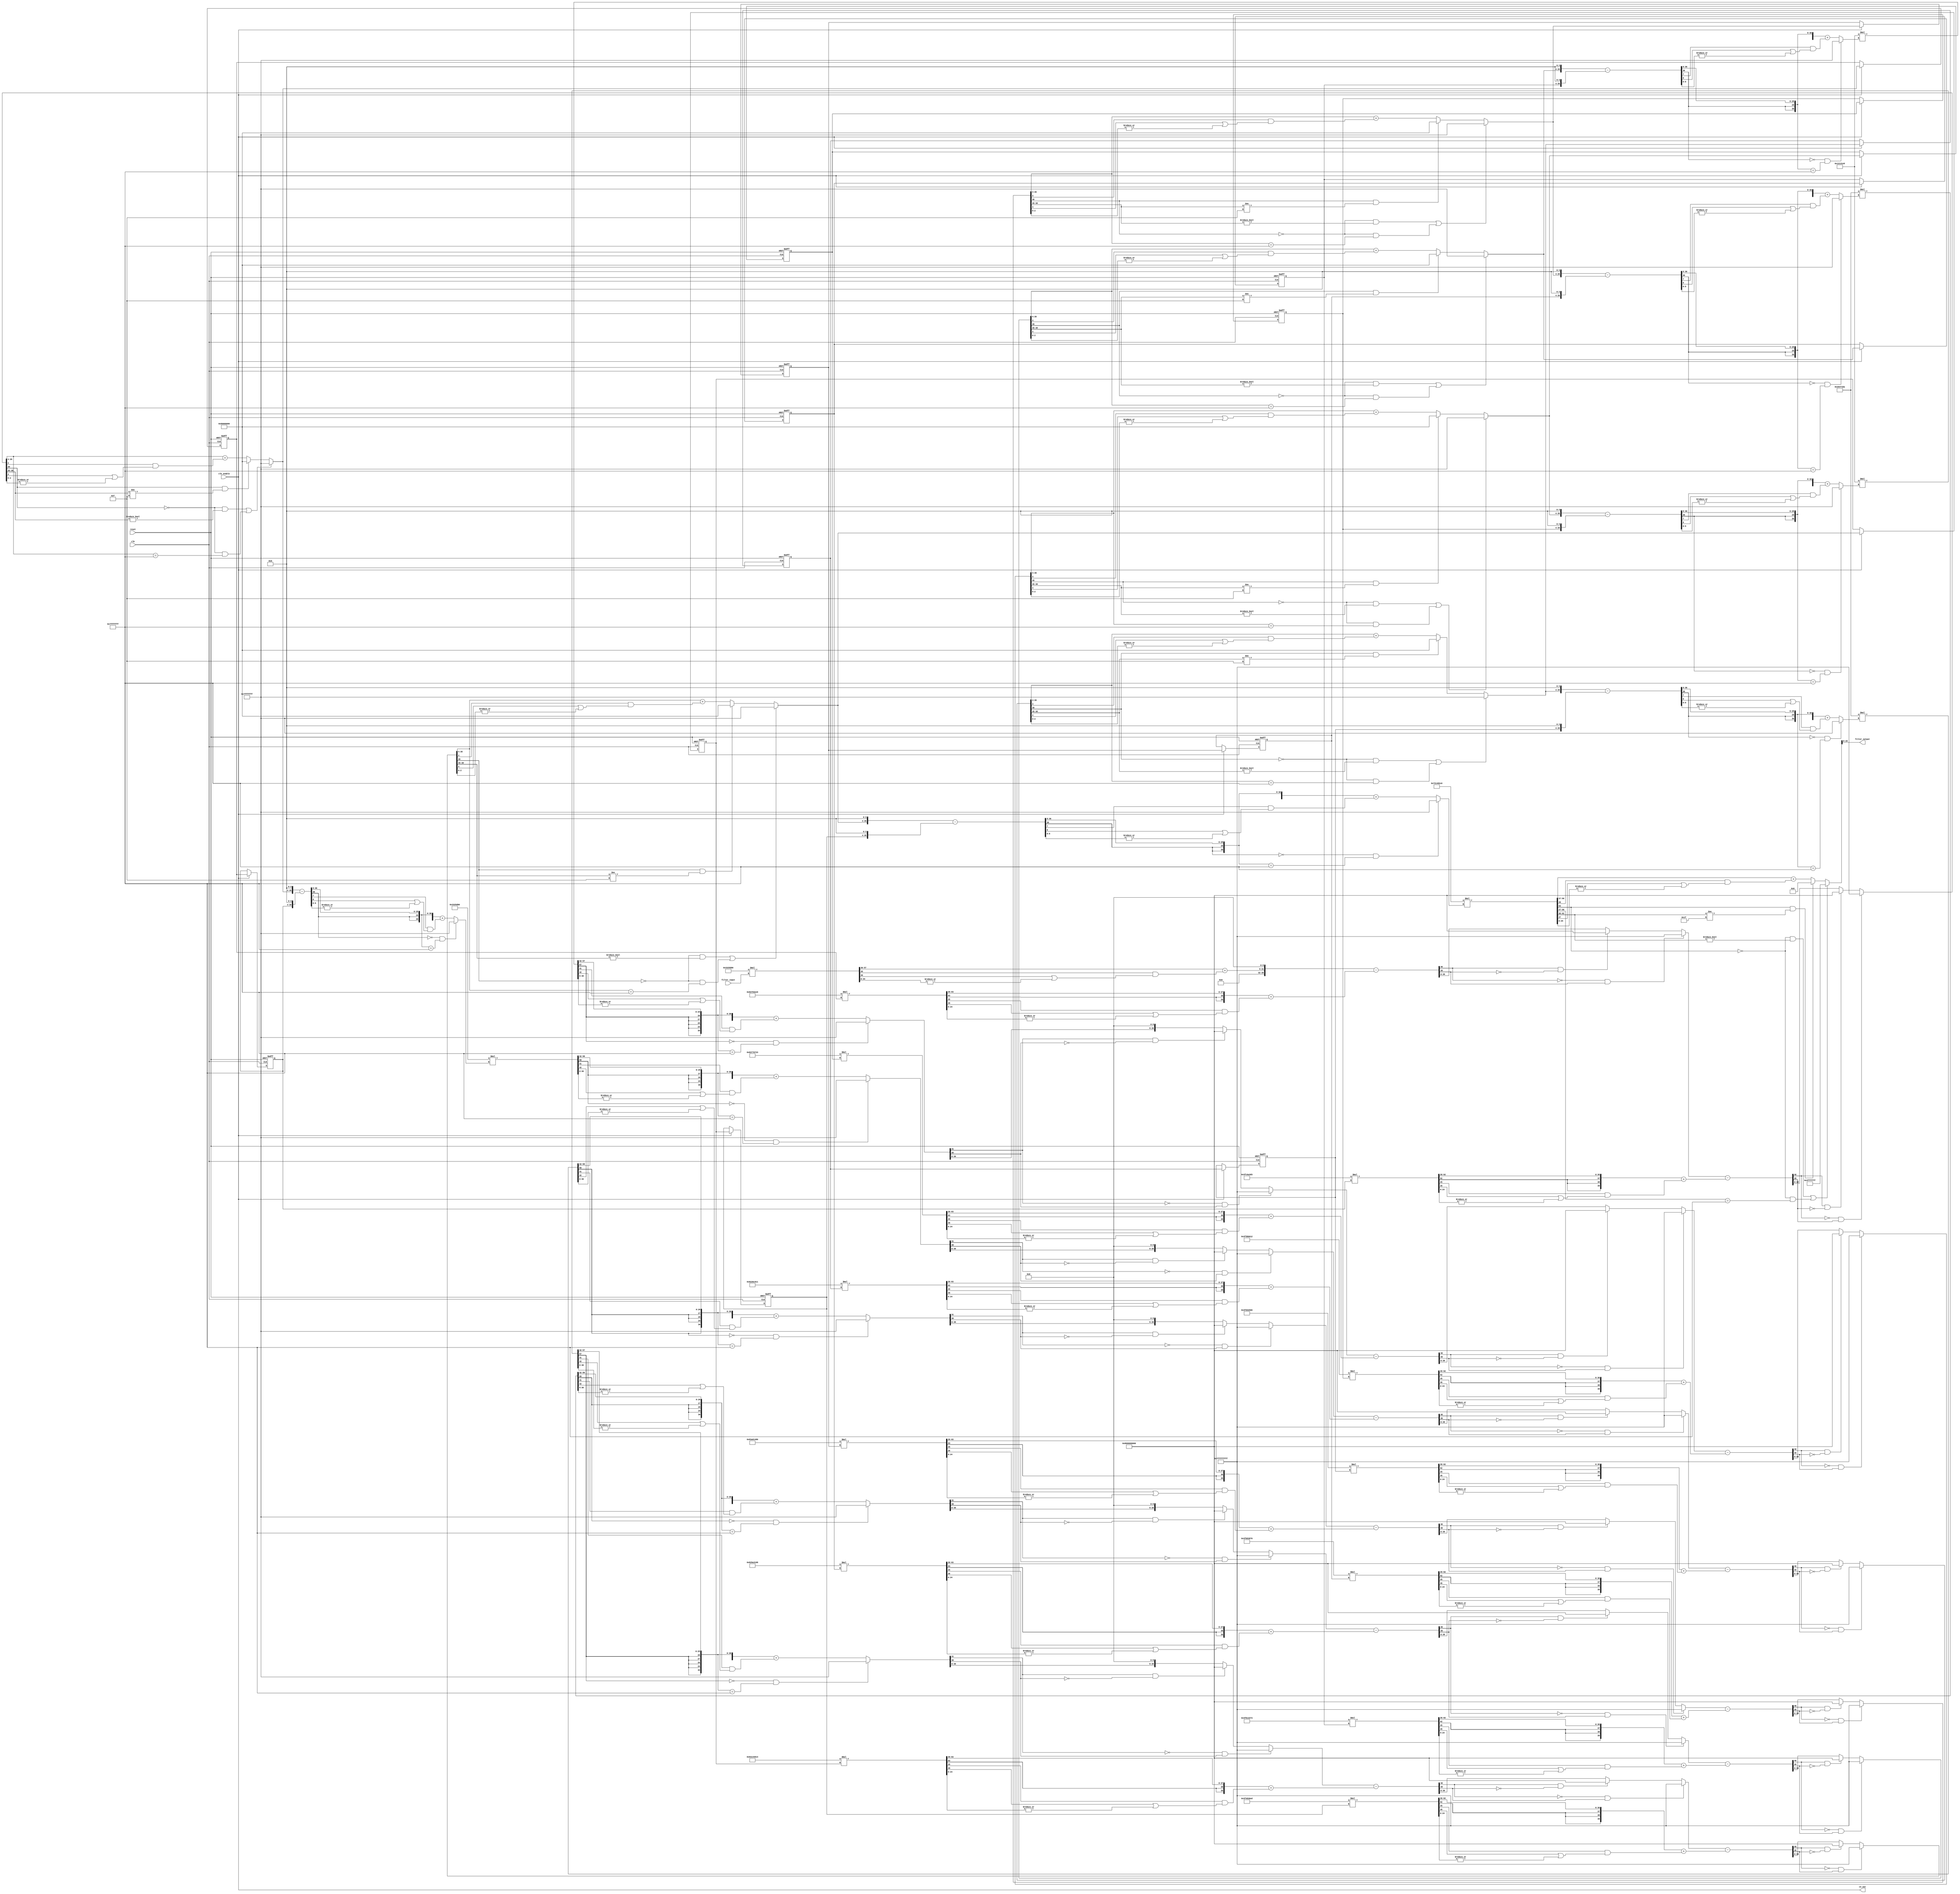
// -------------------------------------------------------------
// 8 KHz Bandpass Filter
// -------------------------------------------------------------

`timescale 1 us / 1 us

module Bandpass_Filter_8KHz
       (
		     clk,
           reset,
           clk_enable,
           filter_input,
           ce_out,
           filter_output
		 );

  // Define Input and Output Variables
  input   clk;
  input   reset;
  input   clk_enable;
  input   [31:0] filter_input; 
  output  ce_out;
  output  signed [21:0] filter_output;   


  // Define All Internal Module Variables
  
  wire enb;
  
  // Gain 1 Temporary Variable
  wire signed [63:0] gain_1_stage_1_temp; 
  wire signed [63:0] gain_1_stage_2_temp;   
  wire signed [63:0] gain_1_stage_3_temp;   
  wire signed [63:0] gain_1_stage_4_temp;   
  wire signed [63:0] gain_1_stage_5_temp;   
  wire signed [63:0] gain_1_stage_6_temp;   
  wire signed [63:0] gain_1_final_output_temp;   
  
  // Gain 1 Output - Output from the multiplication of the stage input and the first gain constant
  wire signed [31:0] gain_1_stage_1;   
  wire signed [31:0] gain_1_stage_2;   
  wire signed [31:0] gain_1_stage_3;   
  wire signed [31:0] gain_1_stage_4;   
  wire signed [31:0] gain_1_stage_5;   
  wire signed [31:0] gain_1_stage_6;   
  wire signed [31:0] gain_1_final_output; 
  wire signed [21:0] gain_1_final_output_22_bit;
    
  
  // Delay Variables - Outputs from the 2 clock cycle delay line
  reg  signed [31:0] delay_1_stage_1;   
  reg  signed [31:0] delay_2_stage_1;  
  reg  signed [31:0] delay_1_stage_2;   
  reg  signed [31:0] delay_2_stage_2;  
  reg  signed [31:0] delay_1_stage_3;   
  reg  signed [31:0] delay_2_stage_3; 
  reg  signed [31:0] delay_1_stage_4;   
  reg  signed [31:0] delay_2_stage_4; 
  reg  signed [31:0] delay_1_stage_5;   
  reg  signed [31:0] delay_2_stage_5; 
  reg  signed [31:0] delay_1_stage_6;   
  reg  signed [31:0] delay_2_stage_6; 
  
  // Gain Output 2 - Output from the multiplication of the first delay output and the second gain constant
  wire signed [63:0] gain_2_stage_1;   
  wire signed [63:0] gain_2_stage_2;   
  wire signed [63:0] gain_2_stage_3;   
  wire signed [63:0] gain_2_stage_4;   
  wire signed [63:0] gain_2_stage_5;   
  wire signed [63:0] gain_2_stage_6;   
  
  // Gain Output 3 - Output from the multiplication of the second delay output and the third gain constant
  wire signed [63:0] gain_3_stage_1;   
  wire signed [63:0] gain_3_stage_2;   
  wire signed [63:0] gain_3_stage_3;   
  wire signed [63:0] gain_3_stage_4;   
  wire signed [63:0] gain_3_stage_5;   
  wire signed [63:0] gain_3_stage_6;   

  
  // First Subtraction Operation Casting Operation
  wire signed [39:0] subtraction_1_cast_1_stage_1;   
  wire signed [40:0] subtraction_1_cast_2_stage_1;   
  wire signed [39:0] subtraction_1_cast_3_stage_1;   
  wire signed [40:0] subtraction_1_cast_4_stage_1;   
  
  wire signed [39:0] subtraction_1_cast_1_stage_2;   
  wire signed [40:0] subtraction_1_cast_2_stage_2;   
  wire signed [39:0] subtraction_1_cast_3_stage_2;   
  wire signed [40:0] subtraction_1_cast_4_stage_2;   
  
  wire signed [39:0] subtraction_1_cast_1_stage_3;   
  wire signed [40:0] subtraction_1_cast_2_stage_3;   
  wire signed [39:0] subtraction_1_cast_3_stage_3;   
  wire signed [40:0] subtraction_1_cast_4_stage_3;   
  
  wire signed [39:0] subtraction_1_cast_1_stage_4;   
  wire signed [40:0] subtraction_1_cast_2_stage_4;   
  wire signed [39:0] subtraction_1_cast_3_stage_4;   
  wire signed [40:0] subtraction_1_cast_4_stage_4;   
  
  wire signed [39:0] subtraction_1_cast_1_stage_5;   
  wire signed [40:0] subtraction_1_cast_2_stage_5;   
  wire signed [39:0] subtraction_1_cast_3_stage_5;   
  wire signed [40:0] subtraction_1_cast_4_stage_5;   
  
  wire signed [39:0] subtraction_1_cast_1_stage_6;   
  wire signed [40:0] subtraction_1_cast_2_stage_6;   
  wire signed [39:0] subtraction_1_cast_3_stage_6;   
  wire signed [40:0] subtraction_1_cast_4_stage_6;   
  
  // First Subtraction Operation Temporary Vairable
  wire signed [40:0] subtraction_1_temp_stage_1;   
  wire signed [40:0] subtraction_1_temp_stage_2;   
  wire signed [40:0] subtraction_1_temp_stage_3;   
  wire signed [40:0] subtraction_1_temp_stage_4;   
  wire signed [40:0] subtraction_1_temp_stage_5;   
  wire signed [40:0] subtraction_1_temp_stage_6;   

  // First Subtraction Operation Final Output Variable
  wire signed [39:0] subtraction_1_out_stage_1;   
  wire signed [39:0] subtraction_1_out_stage_2;   
  wire signed [39:0] subtraction_1_out_stage_3;   
  wire signed [39:0] subtraction_1_out_stage_4;   
  wire signed [39:0] subtraction_1_out_stage_5;   
  wire signed [39:0] subtraction_1_out_stage_6;   


  // Input vairable to the delay line and the third subtraction operation
  wire signed [31:0] delay_input_stage_1; 
  wire signed [31:0] delay_input_stage_2;  
  wire signed [31:0] delay_input_stage_3;   
  wire signed [31:0] delay_input_stage_4;   
  wire signed [31:0] delay_input_stage_5;   
  wire signed [31:0] delay_input_stage_6; 

  // Input to the stages
  wire signed [31:0] input_stage_2;   
  wire signed [31:0] input_stage_3;   
  wire signed [31:0] input_stage_4;   
  wire signed [31:0] input_stage_5;   
  wire signed [31:0] input_stage_6;  
  // Output to the final stage 
  wire signed [31:0] stage_6_output;     
  
  // Second Subtraction Operation Casting Operation
  wire signed [40:0] subtraction_2_cast_1_stage_1;   
  wire signed [39:0] subtraction_2_cast_2_stage_1;   
  wire signed [40:0] subtraction_2_cast_3_stage_1;   
  
  wire signed [40:0] subtraction_2_cast_1_stage_2;   
  wire signed [39:0] subtraction_2_cast_2_stage_2;   
  wire signed [40:0] subtraction_2_cast_3_stage_2;   
  
  wire signed [40:0] subtraction_2_cast_1_stage_3;   
  wire signed [39:0] subtraction_2_cast_2_stage_3;   
  wire signed [40:0] subtraction_2_cast_3_stage_3;   
  
  wire signed [40:0] subtraction_2_cast_1_stage_4;   
  wire signed [39:0] subtraction_2_cast_2_stage_4;   
  wire signed [40:0] subtraction_2_cast_3_stage_4;   
  
  wire signed [40:0] subtraction_2_cast_1_stage_5;   
  wire signed [39:0] subtraction_2_cast_2_stage_5;   
  wire signed [40:0] subtraction_2_cast_3_stage_5;   
  
  wire signed [40:0] subtraction_2_cast_1_stage_6;   
  wire signed [39:0] subtraction_2_cast_2_stage_6;   
  wire signed [40:0] subtraction_2_cast_3_stage_6;   
  
  // Second Subtraction Operation Temporary Variable
  wire signed [40:0] subtraction_2_temp_stage_1;   
  wire signed [40:0] subtraction_2_temp_stage_2;   
  wire signed [40:0] subtraction_2_temp_stage_3;   
  wire signed [40:0] subtraction_2_temp_stage_4;   
  wire signed [40:0] subtraction_2_temp_stage_5;   
  wire signed [40:0] subtraction_2_temp_stage_6;   

  // Second Subtraction Operation Final Output Variable
  wire signed [39:0] subtraction_2_out_stage_1;   
  wire signed [39:0] subtraction_2_out_stage_2;   
  wire signed [39:0] subtraction_2_out_stage_3;   
  wire signed [39:0] subtraction_2_out_stage_4;   
  wire signed [39:0] subtraction_2_out_stage_5;   
  wire signed [39:0] subtraction_2_out_stage_6;   
  
  // Third Subtraction Operation Casting Operation
  wire signed [39:0] subtraction_3_cast_1_stage_1;   
  wire signed [39:0] subtraction_3_cast_2_stage_1;   
  
  wire signed [39:0] subtraction_3_cast_1_stage_2;   
  wire signed [39:0] subtraction_3_cast_2_stage_2;   
  
  wire signed [39:0] subtraction_3_cast_1_stage_3;   
  wire signed [39:0] subtraction_3_cast_2_stage_3;   
  
  wire signed [39:0] subtraction_3_cast_1_stage_4;   
  wire signed [39:0] subtraction_3_cast_2_stage_4;   
  
  wire signed [39:0] subtraction_3_cast_1_stage_5;   
  wire signed [39:0] subtraction_3_cast_2_stage_5;   
  
  wire signed [39:0] subtraction_3_cast_1_stage_6;   
  wire signed [39:0] subtraction_3_cast_2_stage_6;   
  
  // Third Subtraction Operation Final Output Variable
  wire signed [39:0] subtraction_3_out_stage_1;   
  wire signed [39:0] subtraction_3_out_stage_2;   
  wire signed [39:0] subtraction_3_out_stage_3;   
  wire signed [39:0] subtraction_3_out_stage_4;   
  wire signed [39:0] subtraction_3_out_stage_5;   
  wire signed [39:0] subtraction_3_out_stage_6;   

    

  // Main Module Code - Bandpass Filter For 8KHz Frequency Channel
  
  // First Stage First Gain Multiplication
  assign  gain_1_stage_1_temp = 32'sb00000011001100100101110100000000 * filter_input;
  assign  gain_1_stage_1 = ({{4{ gain_1_stage_1_temp[63]}},  gain_1_stage_1_temp[63:36]}) + $signed({1'b0,  gain_1_stage_1_temp[35] & 
                           ( gain_1_stage_1_temp[36] | (| gain_1_stage_1_temp[34:0]))});



  assign enb = clk_enable;
  
  // Second Half Of The Delay Line - Delay of 1 clock cycle
  always @(posedge clk or posedge reset)
    begin : Second_Half_Of_The_Delay_Line_Stage_1
      if (reset == 1'b1) begin
        delay_2_stage_1 <= 32'sb00000000000000000000000000000000;
      end
      else begin
        if (enb) begin
          delay_2_stage_1 <= delay_1_stage_1; //
        end
      end
    end


  // First Stage Third Gain Multiplication
  assign gain_3_stage_1 = 32'sb00111111110001101010001111010011 * delay_2_stage_1;


  // First Half Of The Delay Line - Delay of 1 clock cycle
  always @(posedge clk or posedge reset)
    begin : First_Half_Of_The_Delay_Line_Stage_1
      if (reset == 1'b1) begin
        delay_1_stage_1 <= 32'sb00000000000000000000000000000000;
      end
      else begin
        if (enb) begin
          delay_1_stage_1 <= delay_input_stage_1;
        end
      end
    end


  // First Stage Second Gain Multiplication
  assign gain_2_stage_1 = 32'sb10000011011110010011111011100000 * delay_1_stage_1;


  // Casting of the First Subtraction Input Variables So That They Can Be Subtracted In A Fixed Point Format
  assign subtraction_1_cast_1_stage_1 = (( gain_1_stage_1[31] == 1'b0) && ( gain_1_stage_1[30] != 1'b0) ? 40'sh7FFFFFFFFF :
              (( gain_1_stage_1[31] == 1'b1) && ( gain_1_stage_1[30] != 1'b1) ? 40'sh8000000000 :
              { gain_1_stage_1[30:0], 9'b000000000}));
  assign subtraction_1_cast_2_stage_1 = {subtraction_1_cast_1_stage_1[39], subtraction_1_cast_1_stage_1};
  assign subtraction_1_cast_3_stage_1 = ({{2{gain_2_stage_1[63]}}, gain_2_stage_1[63:26]}) + $signed({1'b0, gain_2_stage_1[25] & (gain_2_stage_1[26] | 
                                        (|gain_2_stage_1[24:0]))});
  assign subtraction_1_cast_4_stage_1 = {subtraction_1_cast_3_stage_1[39], subtraction_1_cast_3_stage_1};
  
  assign subtraction_1_temp_stage_1 = subtraction_1_cast_2_stage_1 - subtraction_1_cast_4_stage_1;
  
  assign subtraction_1_out_stage_1 = ((subtraction_1_temp_stage_1[40] == 1'b0) && (subtraction_1_temp_stage_1[39] != 1'b0) ? 40'sh7FFFFFFFFF :
              ((subtraction_1_temp_stage_1[40] == 1'b1) && (subtraction_1_temp_stage_1[39] != 1'b1) ? 40'sh8000000000 :
              $signed(subtraction_1_temp_stage_1[39:0])));


  // Casting Of The Second Subtraction Input Variables So That They Can Be Subtracted In A Fixed Point Format
  assign subtraction_2_cast_1_stage_1 = {subtraction_1_out_stage_1[39], subtraction_1_out_stage_1};
  assign subtraction_2_cast_2_stage_1 = ({{2{gain_3_stage_1[63]}}, gain_3_stage_1[63:26]}) + $signed({1'b0, gain_3_stage_1[25] & (gain_3_stage_1[26] | 
                                        (|gain_3_stage_1[24:0]))});
  assign subtraction_2_cast_3_stage_1 = {subtraction_2_cast_2_stage_1[39], subtraction_2_cast_2_stage_1};
  
  assign subtraction_2_temp_stage_1 = subtraction_2_cast_1_stage_1 - subtraction_2_cast_3_stage_1;
  assign subtraction_2_out_stage_1 = ((subtraction_2_temp_stage_1[40] == 1'b0) && (subtraction_2_temp_stage_1[39] != 1'b0) ? 40'sh7FFFFFFFFF :
              ((subtraction_2_temp_stage_1[40] == 1'b1) && (subtraction_2_temp_stage_1[39] != 1'b1) ? 40'sh8000000000 :
              $signed(subtraction_2_temp_stage_1[39:0])));


  // Casting Of The Second Subtraction Output So That It Can Be Used As The Input To The Delay Line
  assign delay_input_stage_1 = (((subtraction_2_out_stage_1[39] == 1'b0) && (subtraction_2_out_stage_1[38:35] != 4'b0000)) || 
                               ((subtraction_2_out_stage_1[39] == 1'b0) && (subtraction_2_out_stage_1[35:4] == 32'sb01111111111111111111111111111111)) ?
										   32'sb01111111111111111111111111111111 :
                               ((subtraction_2_out_stage_1[39] == 1'b1) && (subtraction_2_out_stage_1[38:35] != 4'b1111) ? 
										   32'sb10000000000000000000000000000000 :
                                 subtraction_2_out_stage_1[35:4] + $signed({1'b0, subtraction_2_out_stage_1[3] & (subtraction_2_out_stage_1[4] | 
				                   (|subtraction_2_out_stage_1[2:0]))})));


  // Casting Of The Third Subtraction Input Variables So That They Can Be Subtracted In A Fixed Point Format
  assign subtraction_3_cast_1_stage_1 = {{4{delay_input_stage_1[31]}}, {delay_input_stage_1, 4'b0000}};
  assign subtraction_3_cast_2_stage_1 = {{4{delay_2_stage_1[31]}}, {delay_2_stage_1, 4'b0000}};
  assign subtraction_3_out_stage_1 = subtraction_3_cast_1_stage_1 - subtraction_3_cast_2_stage_1;


  // Casting Of The First Stage Output So That It Can Be Used As The Second Stage Input
  assign input_stage_2 = ((subtraction_3_out_stage_1[39] == 1'b0) && (subtraction_3_out_stage_1[38:8] == 31'b1111111111111111111111111111111) ? 
                           32'sb01111111111111111111111111111111 :
                           subtraction_3_out_stage_1[39:8] + $signed({1'b0, subtraction_3_out_stage_1[7] & (subtraction_3_out_stage_1[8] | 
									(|subtraction_3_out_stage_1[6:0]))}));



  assign gain_1_stage_2_temp = 32'sb00000011001100100101110100000000 * input_stage_2;
  assign gain_1_stage_2 = ((gain_1_stage_2_temp[63] == 1'b0) && (gain_1_stage_2_temp[62:32] == 31'b1111111111111111111111111111111) ? 
                            32'sb01111111111111111111111111111111 :
                            gain_1_stage_2_temp[63:32] + $signed({1'b0, gain_1_stage_2_temp[31] & (gain_1_stage_2_temp[32] | 
									 (|gain_1_stage_2_temp[30:0]))}));



  always @(posedge clk or posedge reset)
    begin :  Second_Half_Of_The_Delay_Line_Stage_2
      if (reset == 1'b1) begin
        delay_2_stage_2 <= 32'sb00000000000000000000000000000000;
      end
      else begin
        if (enb) begin
          delay_2_stage_2 <= delay_1_stage_2;
        end
      end
    end



  assign gain_3_stage_2 = 32'sb00111111110100110010010101100110 * delay_2_stage_2;



  always @(posedge clk or posedge reset)
    begin : First_Half_Of_The_Delay_Line_Stage_2
      if (reset == 1'b1) begin
        delay_1_stage_2 <= 32'sb00000000000000000000000000000000;
      end
      else begin
        if (enb) begin
          delay_1_stage_2 <= delay_input_stage_2;
        end
      end
    end



  assign gain_2_stage_2 = 32'sb10000010001001101100100100010001 * delay_1_stage_2;



  assign subtraction_1_cast_1_stage_2 = ((gain_1_stage_2[31] == 1'b0) && (gain_1_stage_2[30] != 1'b0) ? 40'sh7FFFFFFFFF :
              ((gain_1_stage_2[31] == 1'b1) && (gain_1_stage_2[30] != 1'b1) ? 40'sh8000000000 :
              {gain_1_stage_2[30:0], 9'b000000000}));
  assign subtraction_1_cast_2_stage_2 = {subtraction_1_cast_1_stage_2[39], subtraction_1_cast_1_stage_2};
  assign subtraction_1_cast_3_stage_2 = ({{2{gain_2_stage_2[63]}}, gain_2_stage_2[63:26]}) + $signed({1'b0, gain_2_stage_2[25] & (gain_2_stage_2[26] | (|gain_2_stage_2[24:0]))});
  assign subtraction_1_cast_4_stage_2 = {subtraction_1_cast_3_stage_2[39], subtraction_1_cast_3_stage_2};
  assign subtraction_1_temp_stage_2 = subtraction_1_cast_2_stage_2 - subtraction_1_cast_4_stage_2;
  assign subtraction_1_out_stage_2 = ((subtraction_1_temp_stage_2[40] == 1'b0) && (subtraction_1_temp_stage_2[39] != 1'b0) ? 40'sh7FFFFFFFFF :
              ((subtraction_1_temp_stage_2[40] == 1'b1) && (subtraction_1_temp_stage_2[39] != 1'b1) ? 40'sh8000000000 :
              $signed(subtraction_1_temp_stage_2[39:0])));



  assign subtraction_2_cast_1_stage_2 = {subtraction_1_out_stage_2[39], subtraction_1_out_stage_2};
  assign subtraction_2_cast_2_stage_2 = ({{2{gain_3_stage_2[63]}}, gain_3_stage_2[63:26]}) + $signed({1'b0, gain_3_stage_2[25] & (gain_3_stage_2[26] | (|gain_3_stage_2[24:0]))});
  assign subtraction_2_cast_3_stage_2 = {subtraction_2_cast_2_stage_2[39], subtraction_2_cast_2_stage_2};
  assign subtraction_2_temp_stage_2 = subtraction_2_cast_1_stage_2 - subtraction_2_cast_3_stage_2;
  assign subtraction_2_out_stage_2 = ((subtraction_2_temp_stage_2[40] == 1'b0) && (subtraction_2_temp_stage_2[39] != 1'b0) ? 40'sh7FFFFFFFFF :
              ((subtraction_2_temp_stage_2[40] == 1'b1) && (subtraction_2_temp_stage_2[39] != 1'b1) ? 40'sh8000000000 :
              $signed(subtraction_2_temp_stage_2[39:0])));



  assign delay_input_stage_2 = (((subtraction_2_out_stage_2[39] == 1'b0) && (subtraction_2_out_stage_2[38:35] != 4'b0000)) || ((subtraction_2_out_stage_2[39] == 1'b0) && (subtraction_2_out_stage_2[35:4] == 32'sb01111111111111111111111111111111)) ? 32'sb01111111111111111111111111111111 :
              ((subtraction_2_out_stage_2[39] == 1'b1) && (subtraction_2_out_stage_2[38:35] != 4'b1111) ? 32'sb10000000000000000000000000000000 :
              subtraction_2_out_stage_2[35:4] + $signed({1'b0, subtraction_2_out_stage_2[3] & (subtraction_2_out_stage_2[4] | (|subtraction_2_out_stage_2[2:0]))})));



  assign subtraction_3_cast_1_stage_2 = {{4{delay_input_stage_2[31]}}, {delay_input_stage_2, 4'b0000}};
  assign subtraction_3_cast_2_stage_2 = {{4{delay_2_stage_2[31]}}, {delay_2_stage_2, 4'b0000}};
  assign subtraction_3_out_stage_2 = subtraction_3_cast_1_stage_2 - subtraction_3_cast_2_stage_2;



  assign input_stage_3 = ((subtraction_3_out_stage_2[39] == 1'b0) && (subtraction_3_out_stage_2[38:8] == 31'b1111111111111111111111111111111) ? 32'sb01111111111111111111111111111111 :
              subtraction_3_out_stage_2[39:8] + $signed({1'b0, subtraction_3_out_stage_2[7] & (subtraction_3_out_stage_2[8] | (|subtraction_3_out_stage_2[6:0]))}));



  assign gain_1_stage_3_temp = 32'sb00000010011001000111000110111010 * input_stage_3;
  assign gain_1_stage_3 = ((gain_1_stage_3_temp[63] == 1'b0) && (gain_1_stage_3_temp[62:32] == 31'b1111111111111111111111111111111) ? 32'sb01111111111111111111111111111111 :
              gain_1_stage_3_temp[63:32] + $signed({1'b0, gain_1_stage_3_temp[31] & (gain_1_stage_3_temp[32] | (|gain_1_stage_3_temp[30:0]))}));



  always @(posedge clk or posedge reset)
    begin :  Second_Half_Of_The_Delay_Line_Stage_3
      if (reset == 1'b1) begin
        delay_2_stage_3 <= 32'sb00000000000000000000000000000000;
      end
      else begin
        if (enb) begin
          delay_2_stage_3 <= delay_1_stage_3;
        end
      end
    end



  assign gain_3_stage_3 = 32'sb00111111011010000011100001110000 * delay_2_stage_3;



  always @(posedge clk or posedge reset)
    begin : First_Half_Of_The_Delay_Line_Stage_3
      if (reset == 1'b1) begin
        delay_1_stage_3 <= 32'sb00000000000000000000000000000000;
      end
      else begin
        if (enb) begin
          delay_1_stage_3 <= delay_input_stage_3;
        end
      end
    end



  assign gain_2_stage_3 = 32'sb10000011101000000001010010000000 * delay_1_stage_3;



  assign subtraction_1_cast_1_stage_3 = ((gain_1_stage_3[31] == 1'b0) && (gain_1_stage_3[30] != 1'b0) ? 40'sh7FFFFFFFFF :
              ((gain_1_stage_3[31] == 1'b1) && (gain_1_stage_3[30] != 1'b1) ? 40'sh8000000000 :
              {gain_1_stage_3[30:0], 9'b000000000}));
  assign subtraction_1_cast_2_stage_3 = {subtraction_1_cast_1_stage_3[39], subtraction_1_cast_1_stage_3};
  assign subtraction_1_cast_3_stage_3 = ({{2{gain_2_stage_3[63]}}, gain_2_stage_3[63:26]}) + $signed({1'b0, gain_2_stage_3[25] & (gain_2_stage_3[26] | (|gain_2_stage_3[24:0]))});
  assign subtraction_1_cast_4_stage_3 = {subtraction_1_cast_3_stage_3[39], subtraction_1_cast_3_stage_3};
  assign subtraction_1_temp_stage_3 = subtraction_1_cast_2_stage_3 - subtraction_1_cast_4_stage_3;
  assign subtraction_1_out_stage_3 = ((subtraction_1_temp_stage_3[40] == 1'b0) && (subtraction_1_temp_stage_3[39] != 1'b0) ? 40'sh7FFFFFFFFF :
              ((subtraction_1_temp_stage_3[40] == 1'b1) && (subtraction_1_temp_stage_3[39] != 1'b1) ? 40'sh8000000000 :
              $signed(subtraction_1_temp_stage_3[39:0])));



  assign subtraction_2_cast_1_stage_3 = {subtraction_1_out_stage_3[39], subtraction_1_out_stage_3};
  assign subtraction_2_cast_2_stage_3 = ({{2{gain_3_stage_3[63]}}, gain_3_stage_3[63:26]}) + $signed({1'b0, gain_3_stage_3[25] & (gain_3_stage_3[26] | (|gain_3_stage_3[24:0]))});
  assign subtraction_2_cast_3_stage_3 = {subtraction_2_cast_2_stage_3[39], subtraction_2_cast_2_stage_3};
  assign subtraction_2_temp_stage_3 = subtraction_2_cast_1_stage_3 - subtraction_2_cast_3_stage_3;
  assign subtraction_2_out_stage_3 = ((subtraction_2_temp_stage_3[40] == 1'b0) && (subtraction_2_temp_stage_3[39] != 1'b0) ? 40'sh7FFFFFFFFF :
              ((subtraction_2_temp_stage_3[40] == 1'b1) && (subtraction_2_temp_stage_3[39] != 1'b1) ? 40'sh8000000000 :
              $signed(subtraction_2_temp_stage_3[39:0])));



  assign delay_input_stage_3 = (((subtraction_2_out_stage_3[39] == 1'b0) && (subtraction_2_out_stage_3[38:35] != 4'b0000)) || ((subtraction_2_out_stage_3[39] == 1'b0) && (subtraction_2_out_stage_3[35:4] == 32'sb01111111111111111111111111111111)) ? 32'sb01111111111111111111111111111111 :
              ((subtraction_2_out_stage_3[39] == 1'b1) && (subtraction_2_out_stage_3[38:35] != 4'b1111) ? 32'sb10000000000000000000000000000000 :
              subtraction_2_out_stage_3[35:4] + $signed({1'b0, subtraction_2_out_stage_3[3] & (subtraction_2_out_stage_3[4] | (|subtraction_2_out_stage_3[2:0]))})));



  assign subtraction_3_cast_1_stage_3 = {{4{delay_input_stage_3[31]}}, {delay_input_stage_3, 4'b0000}};
  assign subtraction_3_cast_2_stage_3 = {{4{delay_2_stage_3[31]}}, {delay_2_stage_3, 4'b0000}};
  assign subtraction_3_out_stage_3 = subtraction_3_cast_1_stage_3 - subtraction_3_cast_2_stage_3;



  assign input_stage_4 = ((subtraction_3_out_stage_3[39] == 1'b0) && (subtraction_3_out_stage_3[38:8] == 31'b1111111111111111111111111111111) ? 32'sb01111111111111111111111111111111 :
              subtraction_3_out_stage_3[39:8] + $signed({1'b0, subtraction_3_out_stage_3[7] & (subtraction_3_out_stage_3[8] | (|subtraction_3_out_stage_3[6:0]))}));



  assign gain_1_stage_4_temp = 32'sb00000010011001000111000110111010 * input_stage_4;
  assign gain_1_stage_4 = ((gain_1_stage_4_temp[63] == 1'b0) && (gain_1_stage_4_temp[62:32] == 31'b1111111111111111111111111111111) ? 32'sb01111111111111111111111111111111 :
              gain_1_stage_4_temp[63:32] + $signed({1'b0, gain_1_stage_4_temp[31] & (gain_1_stage_4_temp[32] | (|gain_1_stage_4_temp[30:0]))}));



  always @(posedge clk or posedge reset)
    begin :  Second_Half_Of_The_Delay_Line_Stage_4
      if (reset == 1'b1) begin
        delay_2_stage_4 <= 32'sb00000000000000000000000000000000;
      end
      else begin
        if (enb) begin
          delay_2_stage_4 <= delay_1_stage_4;
        end
      end
    end



  assign gain_3_stage_4 = 32'sb00111111100000010011001101110011 * delay_2_stage_4;



  always @(posedge clk or posedge reset)
    begin : First_Half_Of_The_Delay_Line_Stage_4
      if (reset == 1'b1) begin
        delay_1_stage_4 <= 32'sb00000000000000000000000000000000;
      end
      else begin
        if (enb) begin
          delay_1_stage_4 <= delay_input_stage_4;
        end
      end
    end



  assign gain_2_stage_4 = 32'sb10000010100110100011000110011000 * delay_1_stage_4;



  assign subtraction_1_cast_1_stage_4 = ((gain_1_stage_4[31] == 1'b0) && (gain_1_stage_4[30] != 1'b0) ? 40'sh7FFFFFFFFF :
              ((gain_1_stage_4[31] == 1'b1) && (gain_1_stage_4[30] != 1'b1) ? 40'sh8000000000 :
              {gain_1_stage_4[30:0], 9'b000000000}));
  assign subtraction_1_cast_2_stage_4 = {subtraction_1_cast_1_stage_4[39], subtraction_1_cast_1_stage_4};
  assign subtraction_1_cast_3_stage_4 = ({{2{gain_2_stage_4[63]}}, gain_2_stage_4[63:26]}) + $signed({1'b0, gain_2_stage_4[25] & (gain_2_stage_4[26] | (|gain_2_stage_4[24:0]))});
  assign subtraction_1_cast_4_stage_4 = {subtraction_1_cast_3_stage_4[39], subtraction_1_cast_3_stage_4};
  assign subtraction_1_temp_stage_4 = subtraction_1_cast_2_stage_4 - subtraction_1_cast_4_stage_4;
  assign subtraction_1_out_stage_4 = ((subtraction_1_temp_stage_4[40] == 1'b0) && (subtraction_1_temp_stage_4[39] != 1'b0) ? 40'sh7FFFFFFFFF :
              ((subtraction_1_temp_stage_4[40] == 1'b1) && (subtraction_1_temp_stage_4[39] != 1'b1) ? 40'sh8000000000 :
              $signed(subtraction_1_temp_stage_4[39:0])));



  assign subtraction_2_cast_1_stage_4 = {subtraction_1_out_stage_4[39], subtraction_1_out_stage_4};
  assign subtraction_2_cast_2_stage_4 = ({{2{gain_3_stage_4[63]}}, gain_3_stage_4[63:26]}) + $signed({1'b0, gain_3_stage_4[25] & (gain_3_stage_4[26] | (|gain_3_stage_4[24:0]))});
  assign subtraction_2_cast_3_stage_4 = {subtraction_2_cast_2_stage_4[39], subtraction_2_cast_2_stage_4};
  assign subtraction_2_temp_stage_4 = subtraction_2_cast_1_stage_4 - subtraction_2_cast_3_stage_4;
  assign subtraction_2_out_stage_4 = ((subtraction_2_temp_stage_4[40] == 1'b0) && (subtraction_2_temp_stage_4[39] != 1'b0) ? 40'sh7FFFFFFFFF :
              ((subtraction_2_temp_stage_4[40] == 1'b1) && (subtraction_2_temp_stage_4[39] != 1'b1) ? 40'sh8000000000 :
              $signed(subtraction_2_temp_stage_4[39:0])));



  assign delay_input_stage_4 = (((subtraction_2_out_stage_4[39] == 1'b0) && (subtraction_2_out_stage_4[38:35] != 4'b0000)) || ((subtraction_2_out_stage_4[39] == 1'b0) && (subtraction_2_out_stage_4[35:4] == 32'sb01111111111111111111111111111111)) ? 32'sb01111111111111111111111111111111 :
              ((subtraction_2_out_stage_4[39] == 1'b1) && (subtraction_2_out_stage_4[38:35] != 4'b1111) ? 32'sb10000000000000000000000000000000 :
              subtraction_2_out_stage_4[35:4] + $signed({1'b0, subtraction_2_out_stage_4[3] & (subtraction_2_out_stage_4[4] | (|subtraction_2_out_stage_4[2:0]))})));



  assign subtraction_3_cast_1_stage_4 = {{4{delay_input_stage_4[31]}}, {delay_input_stage_4, 4'b0000}};
  assign subtraction_3_cast_2_stage_4 = {{4{delay_2_stage_4[31]}}, {delay_2_stage_4, 4'b0000}};
  assign subtraction_3_out_stage_4 = subtraction_3_cast_1_stage_4 - subtraction_3_cast_2_stage_4;



  assign input_stage_5 = ((subtraction_3_out_stage_4[39] == 1'b0) && (subtraction_3_out_stage_4[38:8] == 31'b1111111111111111111111111111111) ? 32'sb01111111111111111111111111111111 :
              subtraction_3_out_stage_4[39:8] + $signed({1'b0, subtraction_3_out_stage_4[7] & (subtraction_3_out_stage_4[8] | (|subtraction_3_out_stage_4[6:0]))}));



  assign gain_1_stage_5_temp = 32'sb00000001001000010011000111101001 * input_stage_5;
  assign gain_1_stage_5 = ((gain_1_stage_5_temp[63] == 1'b0) && (gain_1_stage_5_temp[62:32] == 31'b1111111111111111111111111111111) ? 32'sb01111111111111111111111111111111 :
              gain_1_stage_5_temp[63:32] + $signed({1'b0, gain_1_stage_5_temp[31] & (gain_1_stage_5_temp[32] | (|gain_1_stage_5_temp[30:0]))}));



  always @(posedge clk or posedge reset)
    begin :  Second_Half_Of_The_Delay_Line_Stage_5
      if (reset == 1'b1) begin
        delay_2_stage_5 <= 32'sb00000000000000000000000000000000;
      end
      else begin
        if (enb) begin
          delay_2_stage_5 <= delay_1_stage_5;
        end
      end
    end



  assign gain_3_stage_5 = 32'sb00111111001110111011011000010010 * delay_2_stage_5;



  always @(posedge clk or posedge reset)
    begin : First_Half_Of_The_Delay_Line_Stage_5
      if (reset == 1'b1) begin
        delay_1_stage_5 <= 32'sb00000000000000000000000000000000;
      end
      else begin
        if (enb) begin
          delay_1_stage_5 <= delay_input_stage_5;
        end
      end
    end



  assign gain_2_stage_5 = 32'sb10000011011101110000011100100011 * delay_1_stage_5;



  assign subtraction_1_cast_1_stage_5 = ((gain_1_stage_5[31] == 1'b0) && (gain_1_stage_5[30] != 1'b0) ? 40'sh7FFFFFFFFF :
              ((gain_1_stage_5[31] == 1'b1) && (gain_1_stage_5[30] != 1'b1) ? 40'sh8000000000 :
              {gain_1_stage_5[30:0], 9'b000000000}));
  assign subtraction_1_cast_2_stage_5 = {subtraction_1_cast_1_stage_5[39], subtraction_1_cast_1_stage_5};
  assign subtraction_1_cast_3_stage_5 = ({{2{gain_2_stage_5[63]}}, gain_2_stage_5[63:26]}) + $signed({1'b0, gain_2_stage_5[25] & (gain_2_stage_5[26] | (|gain_2_stage_5[24:0]))});
  assign subtraction_1_cast_4_stage_5 = {subtraction_1_cast_3_stage_5[39], subtraction_1_cast_3_stage_5};
  assign subtraction_1_temp_stage_5 = subtraction_1_cast_2_stage_5 - subtraction_1_cast_4_stage_5;
  assign subtraction_1_out_stage_5 = ((subtraction_1_temp_stage_5[40] == 1'b0) && (subtraction_1_temp_stage_5[39] != 1'b0) ? 40'sh7FFFFFFFFF :
              ((subtraction_1_temp_stage_5[40] == 1'b1) && (subtraction_1_temp_stage_5[39] != 1'b1) ? 40'sh8000000000 :
              $signed(subtraction_1_temp_stage_5[39:0])));



  assign subtraction_2_cast_1_stage_5 = {subtraction_1_out_stage_5[39], subtraction_1_out_stage_5};
  assign subtraction_2_cast_2_stage_5 = ({{2{gain_3_stage_5[63]}}, gain_3_stage_5[63:26]}) + $signed({1'b0, gain_3_stage_5[25] & (gain_3_stage_5[26] | (|gain_3_stage_5[24:0]))});
  assign subtraction_2_cast_3_stage_5 = {subtraction_2_cast_2_stage_5[39], subtraction_2_cast_2_stage_5};
  assign subtraction_2_temp_stage_5 = subtraction_2_cast_1_stage_5 - subtraction_2_cast_3_stage_5;
  assign subtraction_2_out_stage_5 = ((subtraction_2_temp_stage_5[40] == 1'b0) && (subtraction_2_temp_stage_5[39] != 1'b0) ? 40'sh7FFFFFFFFF :
              ((subtraction_2_temp_stage_5[40] == 1'b1) && (subtraction_2_temp_stage_5[39] != 1'b1) ? 40'sh8000000000 :
              $signed(subtraction_2_temp_stage_5[39:0])));



  assign delay_input_stage_5 = (((subtraction_2_out_stage_5[39] == 1'b0) && (subtraction_2_out_stage_5[38:35] != 4'b0000)) || ((subtraction_2_out_stage_5[39] == 1'b0) && (subtraction_2_out_stage_5[35:4] == 32'sb01111111111111111111111111111111)) ? 32'sb01111111111111111111111111111111 :
              ((subtraction_2_out_stage_5[39] == 1'b1) && (subtraction_2_out_stage_5[38:35] != 4'b1111) ? 32'sb10000000000000000000000000000000 :
              subtraction_2_out_stage_5[35:4] + $signed({1'b0, subtraction_2_out_stage_5[3] & (subtraction_2_out_stage_5[4] | (|subtraction_2_out_stage_5[2:0]))})));



  assign subtraction_3_cast_1_stage_5 = {{4{delay_input_stage_5[31]}}, {delay_input_stage_5, 4'b0000}};
  assign subtraction_3_cast_2_stage_5 = {{4{delay_2_stage_5[31]}}, {delay_2_stage_5, 4'b0000}};
  assign subtraction_3_out_stage_5 = subtraction_3_cast_1_stage_5 - subtraction_3_cast_2_stage_5;



  assign input_stage_6 = ((subtraction_3_out_stage_5[39] == 1'b0) && (subtraction_3_out_stage_5[38:8] == 31'b1111111111111111111111111111111) ? 32'sb01111111111111111111111111111111 :
              subtraction_3_out_stage_5[39:8] + $signed({1'b0, subtraction_3_out_stage_5[7] & (subtraction_3_out_stage_5[8] | (|subtraction_3_out_stage_5[6:0]))}));



  assign gain_1_stage_6_temp = 32'sb00000001001000010011000111101001 * input_stage_6;
  assign gain_1_stage_6 = ((gain_1_stage_6_temp[63] == 1'b0) && (gain_1_stage_6_temp[62:32] == 31'b1111111111111111111111111111111) ? 32'sb01111111111111111111111111111111 :
              gain_1_stage_6_temp[63:32] + $signed({1'b0, gain_1_stage_6_temp[31] & (gain_1_stage_6_temp[32] | (|gain_1_stage_6_temp[30:0]))}));



  always @(posedge clk or posedge reset)
    begin :  Second_Half_Of_The_Delay_Line_Stage_6
      if (reset == 1'b1) begin
        delay_2_stage_6 <= 32'sb00000000000000000000000000000000;
      end
      else begin
        if (enb) begin
          delay_2_stage_6 <= delay_1_stage_6;
        end
      end
    end



  assign gain_3_stage_6 = 32'sb00111111010010000011011011101101 * delay_2_stage_6;



  always @(posedge clk or posedge reset)
    begin : First_Half_Of_The_Delay_Line_Stage_6
      if (reset == 1'b1) begin
        delay_1_stage_6 <= 32'sb00000000000000000000000000000000;
      end
      else begin
        if (enb) begin
          delay_1_stage_6 <= delay_input_stage_6;
        end
      end
    end



  assign gain_2_stage_6 = 32'sb10000011000101000100100100010100 * delay_1_stage_6;



  assign subtraction_1_cast_1_stage_6 = ((gain_1_stage_6[31] == 1'b0) && (gain_1_stage_6[30] != 1'b0) ? 40'sh7FFFFFFFFF :
              ((gain_1_stage_6[31] == 1'b1) && (gain_1_stage_6[30] != 1'b1) ? 40'sh8000000000 :
              {gain_1_stage_6[30:0], 9'b000000000}));
  assign subtraction_1_cast_2_stage_6 = {subtraction_1_cast_1_stage_6[39], subtraction_1_cast_1_stage_6};
  assign subtraction_1_cast_3_stage_6 = ({{2{gain_2_stage_6[63]}}, gain_2_stage_6[63:26]}) + $signed({1'b0, gain_2_stage_6[25] & (gain_2_stage_6[26] | (|gain_2_stage_6[24:0]))});
  assign subtraction_1_cast_4_stage_6 = {subtraction_1_cast_3_stage_6[39], subtraction_1_cast_3_stage_6};
  assign subtraction_1_temp_stage_6 = subtraction_1_cast_2_stage_6 - subtraction_1_cast_4_stage_6;
  assign subtraction_1_out_stage_6 = ((subtraction_1_temp_stage_6[40] == 1'b0) && (subtraction_1_temp_stage_6[39] != 1'b0) ? 40'sh7FFFFFFFFF :
              ((subtraction_1_temp_stage_6[40] == 1'b1) && (subtraction_1_temp_stage_6[39] != 1'b1) ? 40'sh8000000000 :
              $signed(subtraction_1_temp_stage_6[39:0])));



  assign subtraction_2_cast_1_stage_6 = {subtraction_1_out_stage_6[39], subtraction_1_out_stage_6};
  assign subtraction_2_cast_2_stage_6 = ({{2{gain_3_stage_6[63]}}, gain_3_stage_6[63:26]}) + $signed({1'b0, gain_3_stage_6[25] & (gain_3_stage_6[26] | (|gain_3_stage_6[24:0]))});
  assign subtraction_2_cast_3_stage_6 = {subtraction_2_cast_2_stage_6[39], subtraction_2_cast_2_stage_6};
  assign subtraction_2_temp_stage_6 = subtraction_2_cast_1_stage_6 - subtraction_2_cast_3_stage_6;
  assign subtraction_2_out_stage_6 = ((subtraction_2_temp_stage_6[40] == 1'b0) && (subtraction_2_temp_stage_6[39] != 1'b0) ? 40'sh7FFFFFFFFF :
              ((subtraction_2_temp_stage_6[40] == 1'b1) && (subtraction_2_temp_stage_6[39] != 1'b1) ? 40'sh8000000000 :
              $signed(subtraction_2_temp_stage_6[39:0])));



  assign delay_input_stage_6 = (((subtraction_2_out_stage_6[39] == 1'b0) && (subtraction_2_out_stage_6[38:35] != 4'b0000)) || ((subtraction_2_out_stage_6[39] == 1'b0) && (subtraction_2_out_stage_6[35:4] == 32'sb01111111111111111111111111111111)) ? 32'sb01111111111111111111111111111111 :
              ((subtraction_2_out_stage_6[39] == 1'b1) && (subtraction_2_out_stage_6[38:35] != 4'b1111) ? 32'sb10000000000000000000000000000000 :
              subtraction_2_out_stage_6[35:4] + $signed({1'b0, subtraction_2_out_stage_6[3] & (subtraction_2_out_stage_6[4] | (|subtraction_2_out_stage_6[2:0]))})));



  assign subtraction_3_cast_1_stage_6 = {{4{delay_input_stage_6[31]}}, {delay_input_stage_6, 4'b0000}};
  assign subtraction_3_cast_2_stage_6 = {{4{delay_2_stage_6[31]}}, {delay_2_stage_6, 4'b0000}};
  assign subtraction_3_out_stage_6 = subtraction_3_cast_1_stage_6 - subtraction_3_cast_2_stage_6;



  assign stage_6_output = ((subtraction_3_out_stage_6[39] == 1'b0) && (subtraction_3_out_stage_6[38:8] == 31'b1111111111111111111111111111111) ? 32'sb01111111111111111111111111111111 :
              subtraction_3_out_stage_6[39:8] + $signed({1'b0, subtraction_3_out_stage_6[7] & (subtraction_3_out_stage_6[8] | (|subtraction_3_out_stage_6[6:0]))}));



  assign gain_1_final_output_temp = 32'sb01110010000101001000001011000000 * stage_6_output;
  assign gain_1_final_output = (((gain_1_final_output_temp[63] == 1'b0) && (gain_1_final_output_temp[62:58] != 5'b00000)) || ((gain_1_final_output_temp[63] == 1'b0) && (gain_1_final_output_temp[58:27] == 32'sb01111111111111111111111111111111)) ? 32'sb01111111111111111111111111111111 :
              ((gain_1_final_output_temp[63] == 1'b1) && (gain_1_final_output_temp[62:58] != 5'b11111) ? 32'sb10000000000000000000000000000000 :
              gain_1_final_output_temp[58:27] + $signed({1'b0, gain_1_final_output_temp[26] & (gain_1_final_output_temp[27] | (|gain_1_final_output_temp[25:0]))})));

  assign gain_1_final_output_22_bit = gain_1_final_output[29:8];

  assign filter_output = gain_1_final_output_22_bit;

  assign ce_out = clk_enable;

endmodule  // 8KHz_Bandpass_Filter